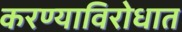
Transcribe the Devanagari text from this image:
करण्याविरोधात